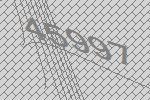
45997